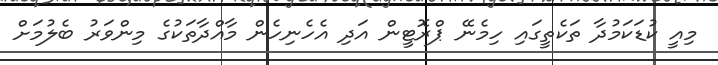
މިއީ ކުޑަކަމުދާ ތަކެތީގައި ހިމެނޭ ޕްރޮޓީން އަދި އެހެނިހެން މާއްދާތަކުގެ މިންވަރު ބެލުމަށް